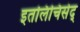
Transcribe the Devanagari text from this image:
इतलिचिसेद्